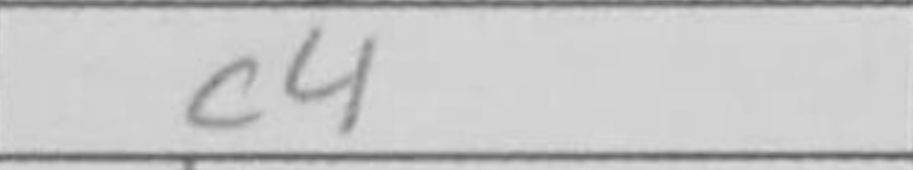
Transcription: c4